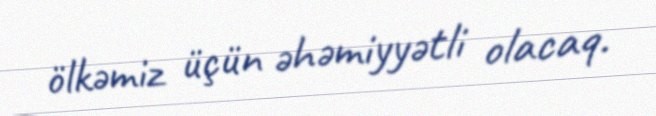
ölkəmiz üçün əhəmiyyətli olacaq.